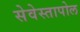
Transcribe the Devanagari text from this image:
सेवेस्तापोल